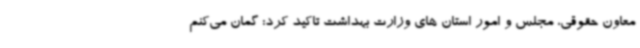
معاون حقوقی، مجلس و امور استان های وزارت بهداشت تاکید کرد: گمان می‌کنم